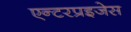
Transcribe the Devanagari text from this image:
एन्टरप्रइजेस